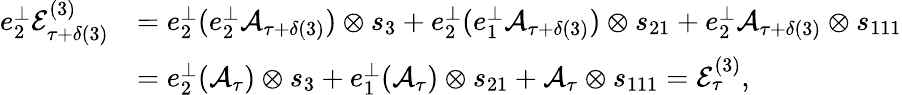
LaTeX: \begin{array}{rl}{e_{2}^{\perp}\mathcal{E}_{\tau+\delta(3)}^{(3)}}&{=e_{2}^{\perp}(e_{2}^{\perp}\mathcal{A}_{\tau+\delta(3)})\otimes s_{3}+e_{2}^{\perp}(e_{1}^{\perp}\mathcal{A}_{\tau+\delta(3)})\otimes s_{21}+e_{2}^{\perp}\mathcal{A}_{\tau+\delta(3)}\otimes s_{111}}\\ &{=e_{2}^{\perp}(\mathcal{A}_{\tau})\otimes s_{3}+e_{1}^{\perp}(\mathcal{A}_{\tau})\otimes s_{21}+\mathcal{A}_{\tau}\otimes s_{111}=\mathcal{E}_{\tau}^{(3)},}\end{array}